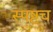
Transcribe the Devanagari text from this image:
स्पष्टच